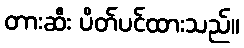
တားဆီး ပိတ်ပင်ထားသည်။